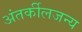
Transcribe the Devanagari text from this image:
अंतर्कीलजन्य